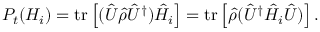
P _ { t } ( H _ { i } ) = \operatorname { t r } \left[ ( { \hat { U } } { \hat { \rho } } { \hat { U } } ^ { \dagger } ) { \hat { H } } _ { i } \right] = \operatorname { t r } \left[ { \hat { \rho } } ( { \hat { U } } ^ { \dagger } { \hat { H } } _ { i } { \hat { U } } ) \right] .